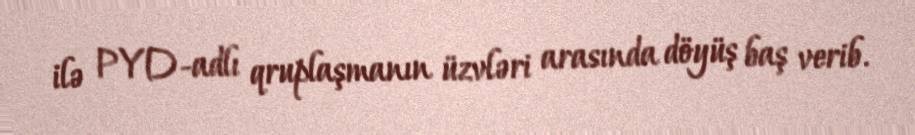
ilə PYD-adlı qruplaşmanın üzvləri arasında döyüş baş verib.